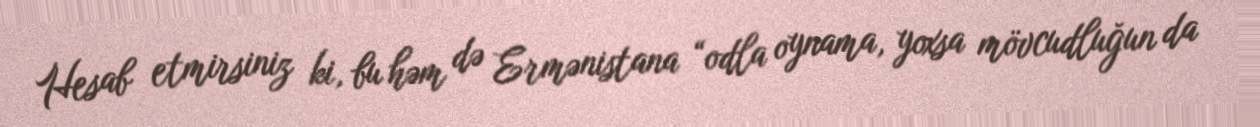
Hesab etmirsiniz ki, bu həm də Ermənistana “odla oynama, yoxsa mövcudluğun da